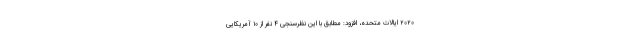
۲۰۲۰ ایالات متحده، افزود: مطابق با این نظرسنجی ۴ نفر از ۱۰ آمریکایی